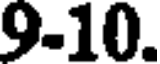
9-10.